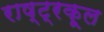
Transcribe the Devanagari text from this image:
राष्ट्रकूल